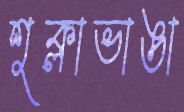
শুক্লাভাঙা